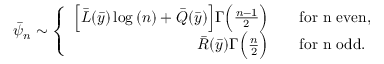
\bar { \psi } _ { n } \sim \left\{ \begin{array} { r l } { \Big [ \bar { L } ( \bar { y } ) \log { ( n ) } + \bar { Q } ( \bar { y } ) \Big ] \Gamma \Big ( \frac { n - 1 } { 2 } \Big ) } & { \quad \mathrm { f o r ~ n ~ e v e n } , } \\ { \bar { R } ( \bar { y } ) \Gamma \Big ( \frac { n } { 2 } \Big ) } & { \quad \mathrm { f o r ~ n ~ o d d } . } \end{array} \right.